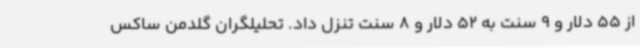
از 55 دلار و 9 سنت به 52 دلار و 8 سنت تنزل داد. تحلیلگران گلدمن ساکس